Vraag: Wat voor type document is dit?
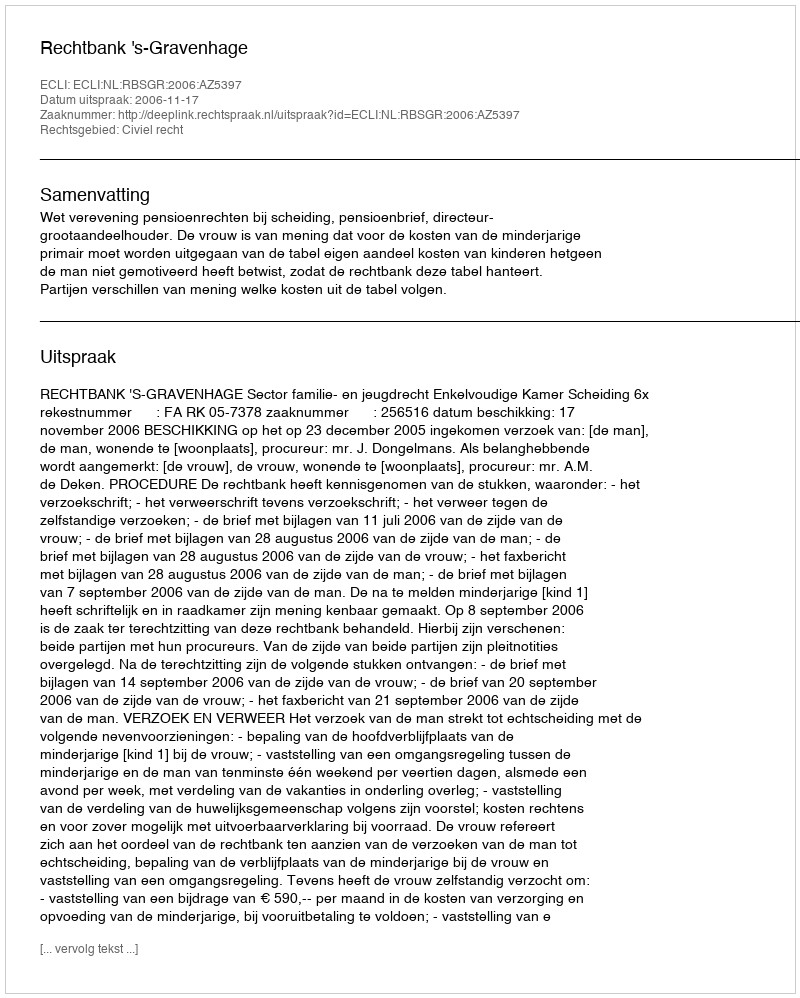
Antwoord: Uitspraak